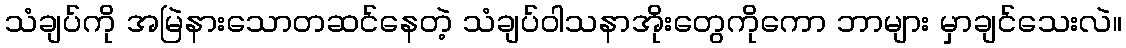
သံချပ်ကို အမြဲနားသောတဆင်နေတဲ့ သံချပ်ဝါသနာအိုးတွေကိုကော ဘာများ မှာချင်သေးလဲ။